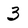
Character: 3